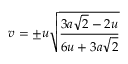
v = \pm u { \sqrt { \frac { 3 a { \sqrt { 2 } } - 2 u } { 6 u + 3 a { \sqrt { 2 } } } } }